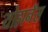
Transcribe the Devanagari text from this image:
योहानॅस